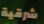
شرقية